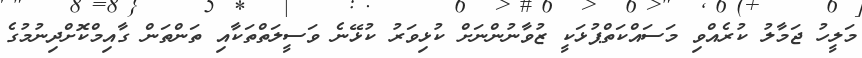
މަލީހު ޖަމާލު ކުރެއްވި މަސައްކަތްޕުޅަކީ ޒުވާނުންނަށް ކުޅިވަރު ކުޅޭނެ ވަސީލަތްތަކާއި ތަންތަން ގާއިމްކޮށްދިނުމުގެ